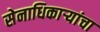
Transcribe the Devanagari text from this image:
सेनाधिकाऱ्यांचा